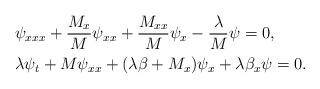
LaTeX: \begin{align*}&\psi_{xxx}+\frac{M_x}{M}\psi_{xx}+\frac{M_{xx}}{M}\psi_x-\frac{\lambda}{M}\psi=0,\\&\lambda \psi_t+M\psi_{xx}+(\lambda\beta+M_x)\psi_x+\lambda\beta_x\psi=0.\end{align*}